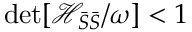
\operatorname* { d e t } [ \mathcal { H } _ { \bar { S } \bar { S } } / \omega ] < 1